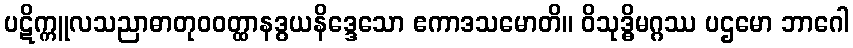
ပဋိက္ကူလသညာဓာတုဝဝတ္ထာနဒွယနိဒ္ဒေသော ဧကာဒသမောတိ။ ဝိသုဒ္ဓိမဂ္ဂဿ ပဌမော ဘာဂေါ